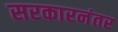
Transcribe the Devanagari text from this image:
सरकारनंतर